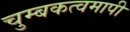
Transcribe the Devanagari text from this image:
चुम्बकत्वमापी